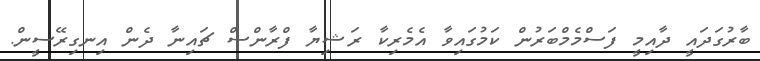
ބާރުގަދައީ ދާއިމީ ފަސްމެމްބަރުން ކަމުގައިވާ އެމެރިކާ ރަޝިޔާ ފްރާންސް ޗައިނާ ދެން އިނގިރޭސީން.